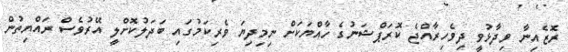
ރޮޒެއިނާ ވިދާޅުވީ ދިވެހިރާއްޖެ ކޮރަޕްޝަނުގެ ހާއްޔަކަށް ނިމިިދިޔަ ވެރިކަމުގައި ބަދަލުކޮށްލީ އޭރުވެސް ރައްޔިތުން